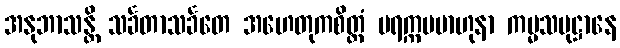
အနုဘာသန္တိ သင်္ခတာသင်္ခတေ အဟေတုကစိတ္တံ ပရက္ကမဗာဟုနာ ကမ္မသမုဋ္ဌာနေ